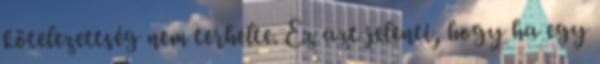
kötelezettség nem terhelte. Ez azt jelenti, hogy ha egy